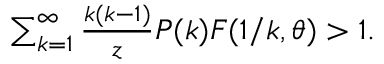
\begin{array} { r } { \sum _ { k = 1 } ^ { \infty } \frac { k ( k - 1 ) } { z } P ( k ) F ( 1 / k , \theta ) > 1 . } \end{array}